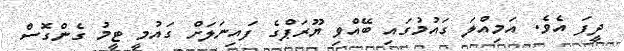
ދީފަ އެވެ. އަމިއްލަ ގައުމުގައި ބޭއްވި ޔޫރަޕްގެ ފައިނަލަށް ގައުމީ ޓީމު ގެންގޮސް